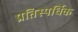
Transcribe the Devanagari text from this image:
प्रतिस्पर्धिक